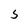
Character: 5